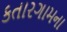
કતારગામના